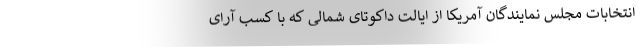
انتخابات مجلس نمایندگان آمریکا از ایالت داکوتای شمالی که با کسب آرای